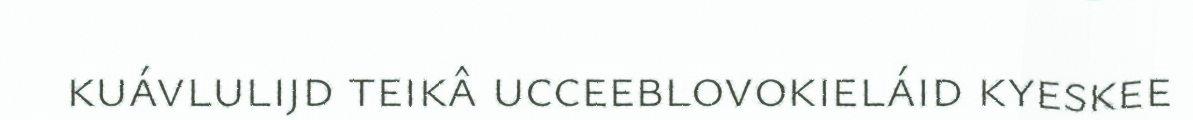
kuávlulijd teikâ ucceeblovokieláid kyeskee